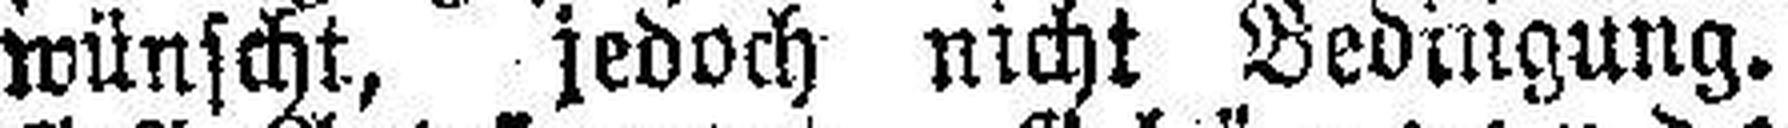
wünscht, jedoch nicht Bedingung.